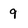
Character: 9